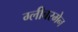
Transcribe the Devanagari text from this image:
ग्लीबरमेन